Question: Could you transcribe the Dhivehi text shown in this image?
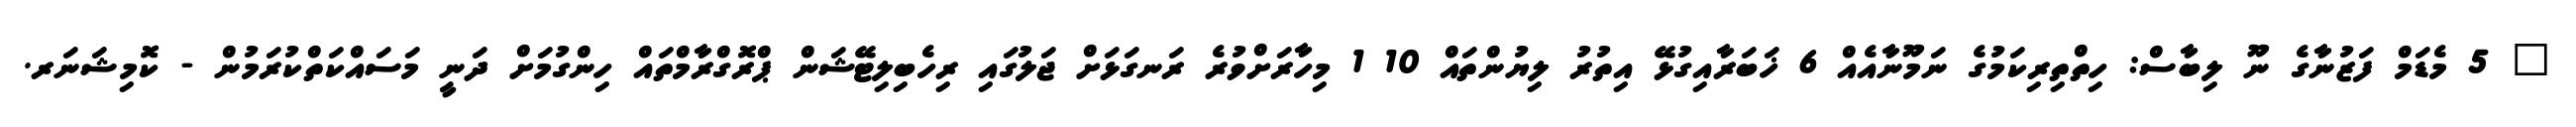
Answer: " 5 މެޑަމް ފަޒުނާގެ ނޫ ލިބާސް: ހިތްތިރިކަމުގެ ނަމޫނާއެއް 6 ޚަބަރާއިގުޅޭ އިތުރު ލިޔުންތައް 10 1 މިހާރަށްވުރެ ރަނގަޅަށް ޖަލުގައި ރިހެބިލިޓޭޝަން ޕްރޮގްރާމްތައް ހިންގުމަށް ދަނީ މަސައްކަތްކުރަމުން - ކޮމިޝަނަރ.